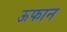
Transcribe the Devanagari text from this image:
ऊफान